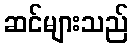
ဆင်များသည်